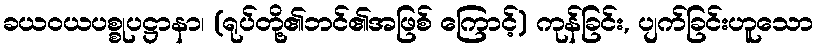
ခယဝယပစ္စုပဋ္ဌာနာ၊ (ရုပ်တို့၏ဘင်၏အဖြစ် ကြောင့်) ကုန်ခြင်း, ပျက်ခြင်းဟူသော